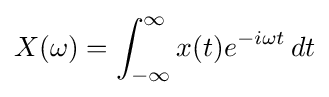
X(\omega )=\int _{-\infty }^{\infty }x(t)e^{-i\omega t}\,dt